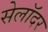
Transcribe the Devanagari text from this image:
सेलॉदर